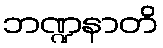
ဘဏ္ဍနာတိ